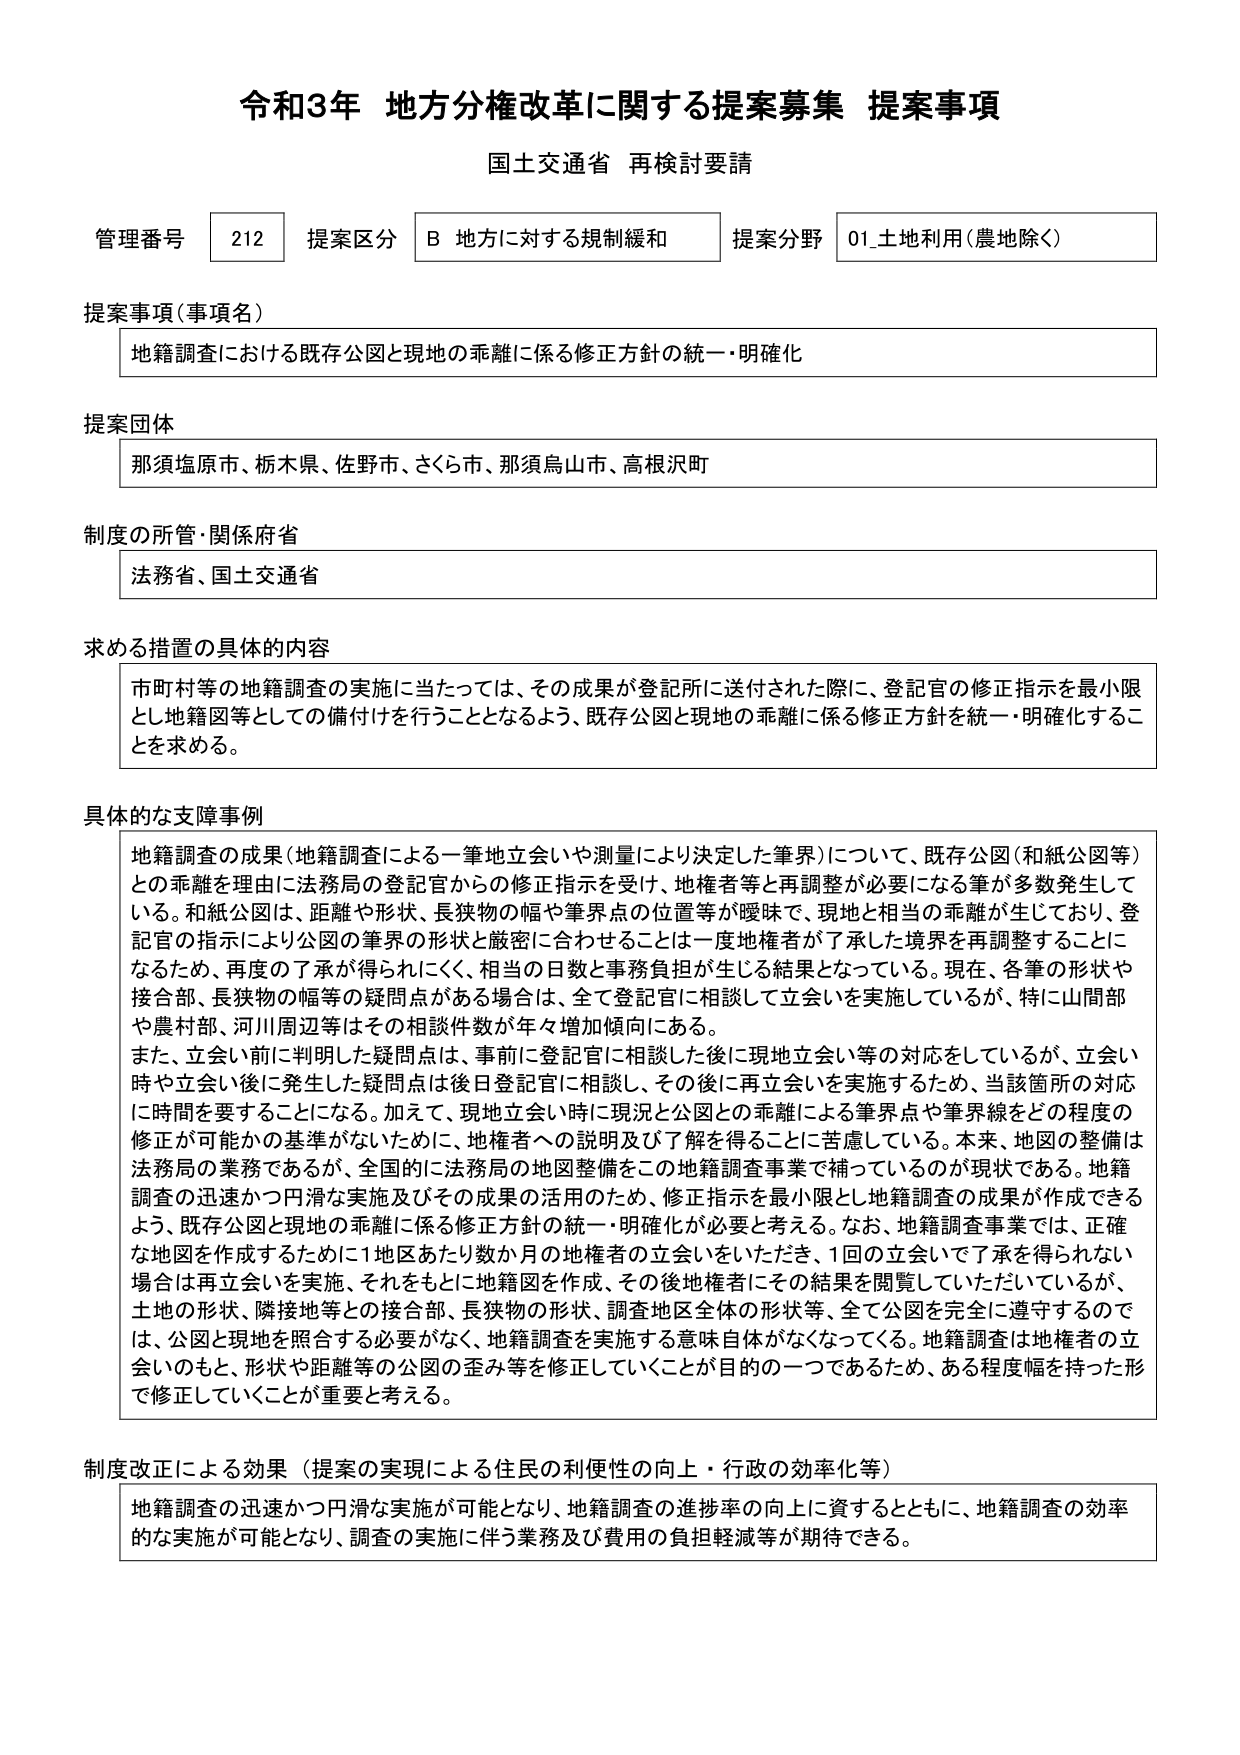
令和3年 地方分権改革に関する提案募集 提案事項
国土交通省 再検討要請

管理番号 212 提案区分 B 地方に対する規制緩和 提案分野 01_土地利用（農地除く）

提案事項（事項名）
地籍調査における既存公図と現地の乖離に係る修正方針の統一・明確化

提案団体
那須塩原市、栃木県、佐野市、さくら市、那須烏山市、高根沢町

制度の所管・関係府省
法務省、国土交通省

求める措置の具体的内容
市町村等の地籍調査の実施に当たっては、その成果が登記所に送付された際に、登記官の修正指示を最小限とし地籍図等としての備付けを行うこととなるよう、既存公図と現地の乖離に係る修正方針を統一・明確化することを求める。

具体的な支障事例
地籍調査の成果（地籍調査による一筆地立会いや測量により決定した筆界）について、既存公図（和紙公図等）との乖離を理由に法務局の登記官からの修正指示を受け、地権者等と再調整が必要になる事案が多数発生している。和紙公図は、距離や形状、長狭物の幅や筆界点の位置等が曖昧で、現地と相当の乖離が生じており、登記官の指示により公図の筆界の形状と厳密に合わせることは一度地権者が了承した境界を再調整することになるため、再度の了承が得られにくく、相当の日数と事務負担が生じる結果となっている。現在、各筆の形状や接合部、長狭物の幅等の疑問点がある場合は、全て登記官に相談して立会いを実施しているが、特に山間部や農村部、河川周辺等はその相談件数が年々増加傾向にある。
また、立会い前に判明した疑問点は、事前に登記官に相談した後に現地立会い等の対応をしているが、立会い時や立会い後に発生した疑問点は後日登記官に相談し、その後に再立会いを実施するため、当該箇所の対応に時間を要することになる。加えて、現地立会い時に現況と公図との乖離による筆界点や筆界線をどの程度の修正が可能かの基準がないために、地権者への説明及び了解を得ることに苦慮している。本来、地図の整備は法務局の業務であるが、全国的に法務局の地図整備をこの地籍調査事業で補っているのが現状である。地籍調査の迅速かつ円滑な実施及びその成果の活用のため、修正指示を最小限とし地籍調査の成果が作成できるよう、既存公図と現地の乖離に係る修正方針の統一・明確化が必要と考える。なお、地籍調査事業では、正確な地図を作成するために1地区あたり数か月の地権者の立会いをいただき、1回の立会いですべて承を得られない場合は再立会いを実施、それをもとに地籍図を作成、その後地権者にその結果を閲覧していただいているが、土地の形状、隣接地等との接合部、長狭物の形状、調査地区全体の形状等、全て公図を完全に遵守するのでは、公図と現地を照合する必要がなく、地籍調査を実施する意味自体がなくなってくる。地籍調査は地権者の立会いのもと、形状や距離等の公図の歪み等を修正していくことが目的の一つであるため、ある程度幅を持った形で修正していくことが重要と考える。

制度改正による効果（提案の実現による住民の利便性の向上・行政の効率化等）
地籍調査の迅速かつ円滑な実施が可能となり、地籍調査の進捗率の向上に資するとともに、地籍調査の効率的な実施が可能となり、調査の実施に伴う業務及び費用の負担軽減等が期待できる。